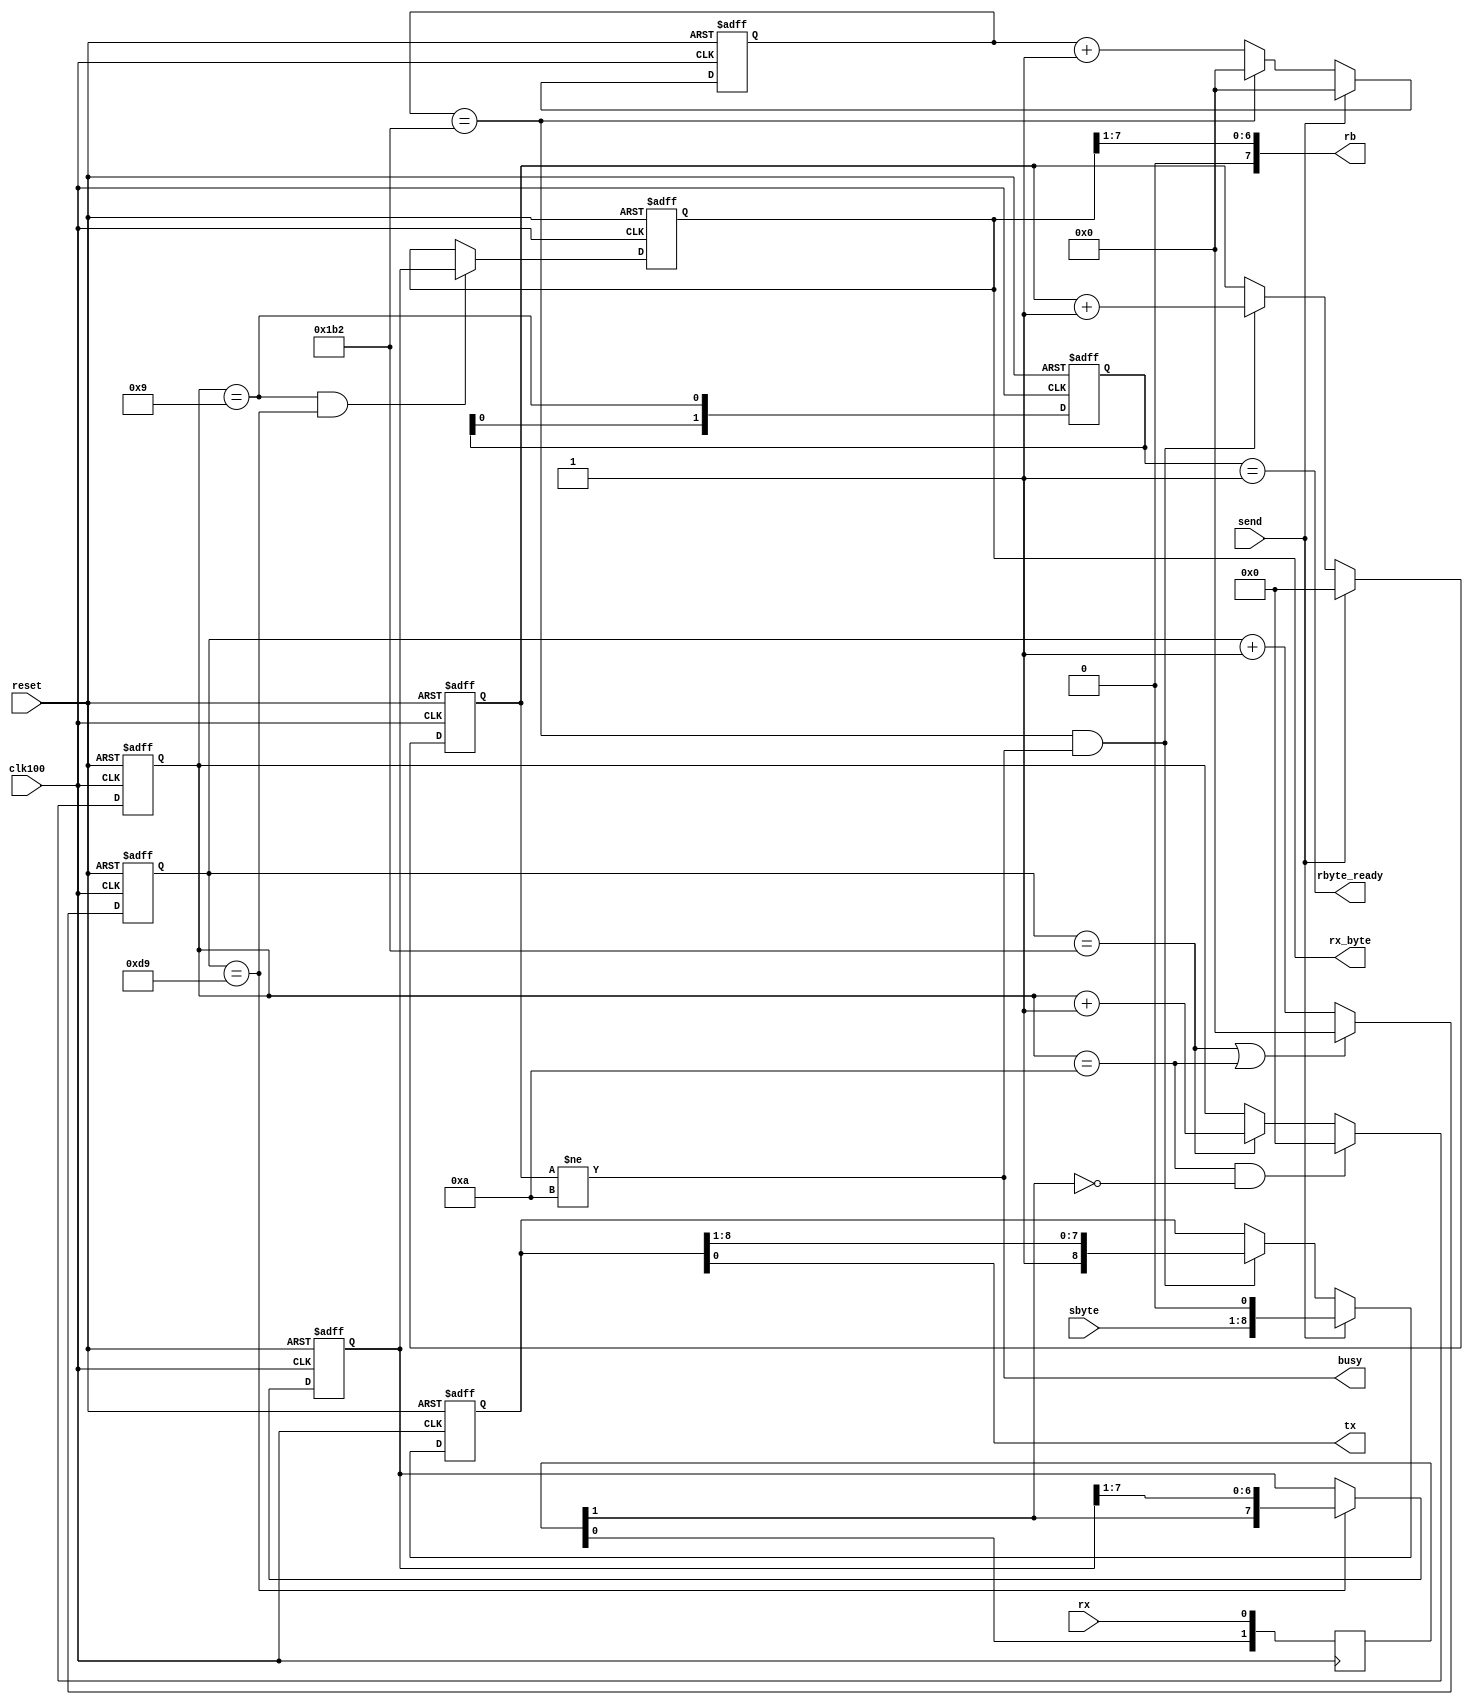
module serial(
	input wire reset,
	input wire clk100,	//100MHz
	input wire rx,
	input wire [7:0]sbyte,
	input wire send,
	output reg [7:0]rx_byte,
	output reg rbyte_ready,
	output reg tx,
	output reg busy, 
	output wire [7:0]rb
	);

parameter RCONST = 434; //230400bps

assign rb = {1'b0,rx_byte[7:1]};

reg [1:0]shr;
always @(posedge clk100)
	shr <= {shr[0],rx};
wire rxf; assign rxf = shr[1];

reg [15:0]cnt;

always @(posedge clk100 or posedge reset)
begin
	if(reset)
		cnt <= 0;
	else
	begin
		if(cnt == RCONST || num_bits==10)
			cnt <= 0;
		else
			cnt <= cnt + 1'b1;
	end
end

reg [3:0]num_bits;
reg [7:0]shift_reg;

always @(posedge clk100 or posedge reset)
begin
	if(reset)
	begin
		num_bits <= 0;
		shift_reg <= 0;
	end
	else
	begin
		if(num_bits==10 && rxf==1'b0)
			num_bits <= 0;
		else
		if(cnt == RCONST)
			num_bits <= num_bits + 1'b1;
		
		if( cnt == RCONST/2 )
			shift_reg <= {rxf,shift_reg[7:1]};
	end
end

always @(posedge clk100 or posedge reset)
	if(reset)
	begin
		rx_byte <= 0;
	end
	else
	begin	
	if(num_bits==9 && cnt == RCONST/2)
		rx_byte <= shift_reg[7:0];
	end

reg [1:0]flag;
always @(posedge clk100 or posedge reset)
	if(reset)
		flag <= 2'b00;
	else
		flag <= {flag[0],(num_bits==9)};

always @*
	rbyte_ready = (flag==2'b01);
	  
reg [8:0]send_reg;
reg [3:0]send_num;
reg [15:0]send_cnt;

wire send_time; assign send_time = send_cnt == RCONST;

always @(posedge clk100 or posedge reset)
begin
	if(reset)
	begin
		send_reg <= 0;
		send_num <= 0;
		send_cnt <= 0;
	end
	else
	begin
		if(send)
			send_cnt <= 0;
		else
			if(send_time)
				send_cnt <= 0;
			else
				send_cnt <= send_cnt + 1'b1;
		
		if(send)
		begin
			send_reg <= {sbyte,1'b0};
			send_num <= 0;
		end
		else
		if(send_time && send_num!=10)
		begin
			send_reg <= {1'b1,send_reg[8:1]};
			send_num <= send_num + 1'b1;
		end
	end
end

always @*
begin
	busy = send_num!=10;
	tx = send_reg[0];
end
	
endmodule